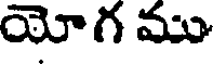
యోగ ము